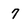
Character: 7